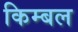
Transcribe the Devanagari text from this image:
किम्बल